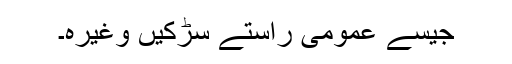
جیسے عمومی راستے سڑکیں وغیرہ۔